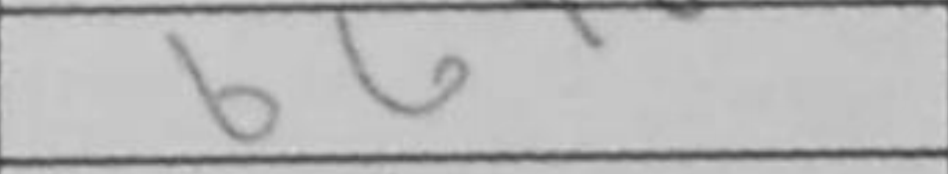
Transcription: b6